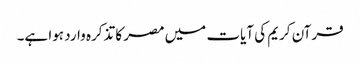
قرآن کریم کی آیات میں مصر کا تذکرہ وارد ہوا ہے۔